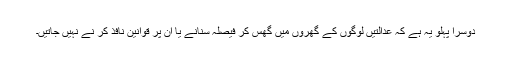
دوسرا پہلو یہ ہے کہ عدالتیں لوگوں کے گھروں میں گھس کر فیصلہ سنانے یا ان پر قوانین نافذ کر نے نہیں جاتیں۔